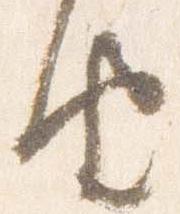
由